Source: Handwritten
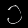
Digit: ၁ (1)